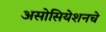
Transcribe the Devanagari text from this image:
असोसियेशनचे